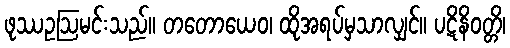
ဖုဿဥဩမင်းသည်။ တတောယေဝ၊ ထိုအရပ်မှသာလျှင်။ ပဋိနိဝတ္တိ၊